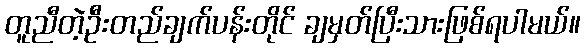
တူညီတဲ့ဦးတည်ချက်ပန်းတိုင် ချမှတ်ပြီးသားဖြစ်ရပါမယ်။